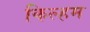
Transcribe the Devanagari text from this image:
किल्हम